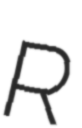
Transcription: R